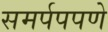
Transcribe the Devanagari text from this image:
समर्पपपणे